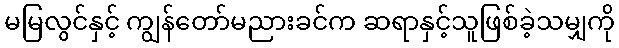
မမြလွင်နှင့် ကျွန်တော်မညားခင်က ဆရာနှင့်သူဖြစ်ခဲ့သမျှကို